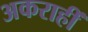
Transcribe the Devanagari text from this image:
अकराहीं